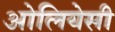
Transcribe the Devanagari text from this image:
ओलियेसी